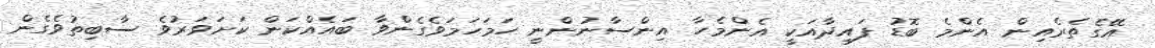
އޭގެތެރެއިން އެންމެ ބޮޑު ފައިދާއަކީ އެންމެހާ އިންސާނުންނީ ހަމަހަމަވެގެންވާ ބައެއްކަން ކަށަވަރުވެ ސާބިތުވެގެން